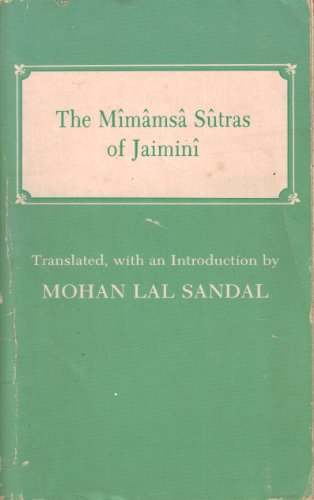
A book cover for Introduction to the Mimamsa sutras of Jaimini; Mohan Lal Sandal; Religion & Spirituality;